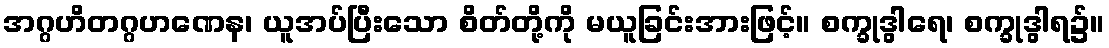
အဂ္ဂဟိတဂ္ဂဟဏေန၊ ယူအပ်ပြီးသော စိတ်တို့ကို မယူခြင်းအားဖြင့်။ စက္ခုဒွါရေ၊ စက္ခုဒွါရ၌။